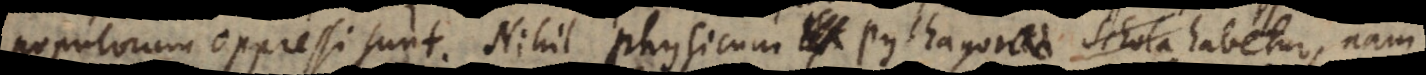
populorum oppressi sunt. Nihil physicum ex Pythagorica Schola Pythagora